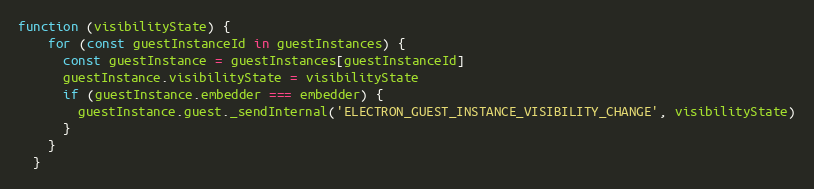
Language: JavaScript
function (visibilityState) {
    for (const guestInstanceId in guestInstances) {
      const guestInstance = guestInstances[guestInstanceId]
      guestInstance.visibilityState = visibilityState
      if (guestInstance.embedder === embedder) {
        guestInstance.guest._sendInternal('ELECTRON_GUEST_INSTANCE_VISIBILITY_CHANGE', visibilityState)
      }
    }
  }